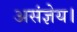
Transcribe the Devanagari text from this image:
असंज्ञेय।